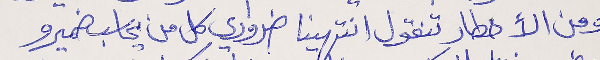
ومن الأخطار تنقول انتهينا ضروري كل من يحاسب ضميرو